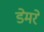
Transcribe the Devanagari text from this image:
डेमरे